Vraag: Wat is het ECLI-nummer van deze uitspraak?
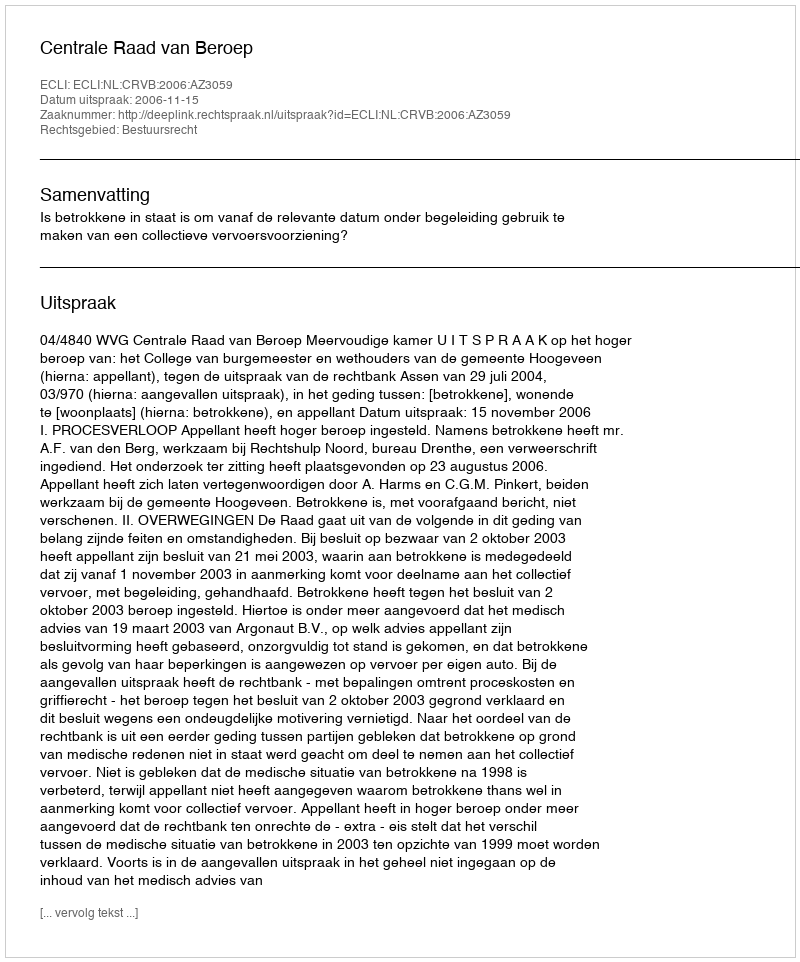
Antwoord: ECLI:NL:CRVB:2006:AZ3059